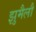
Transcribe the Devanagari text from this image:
झुमैलौ